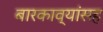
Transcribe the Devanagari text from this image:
बारकाव्यांसह